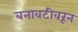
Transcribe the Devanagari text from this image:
बनावटीवरून